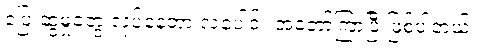
ပြေးဆွဲမှုတွေ လုပ်နေတာ လပေါင်း အတော်ကြာပြီ ဖြစ်ပါတယ်။